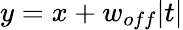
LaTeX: y=x+w_{off}|t|